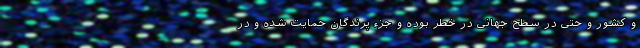
و کشور و حتی در سطح جهانی در خطر بوده و جزء پرندگان حمایت شده و در